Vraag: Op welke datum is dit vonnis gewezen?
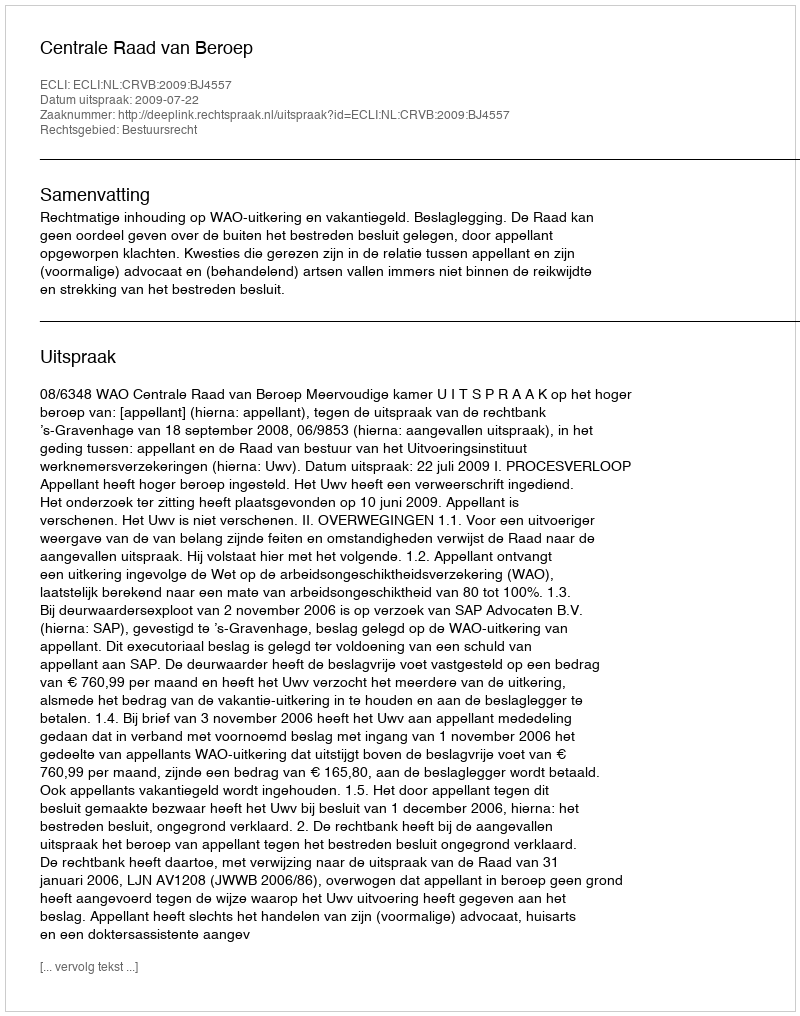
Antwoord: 2009-07-22